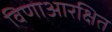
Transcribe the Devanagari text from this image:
विणाआरक्षित